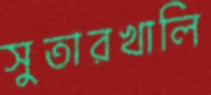
সুতারখালি